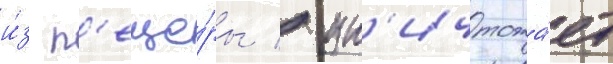
и́з п'еще́ры / ун'ичтожа́ет